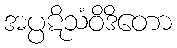
အပ္ပဋိသံဝိဒိတော